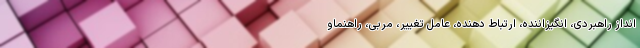
انداز راهبردی، انگیزاننده، ارتباط ‌دهنده، عامل تغییر، مربی، راهنماو